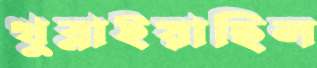
খুব্‌লাইয়াছিল